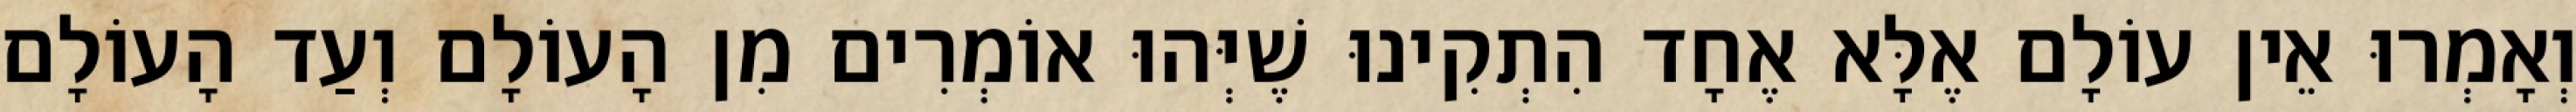
וְאָמְרוּ אֵין עוֹלָם אֶלָּא אֶחָד הִתְקִינוּ שֶׁיְּהוּ אוֹמְרִים מִן הָעוֹלָם וְעַד הָעוֹלָם